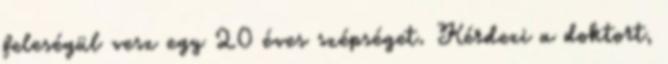
feleségül vesz egy 20 éves szépséget. Kérdezi a doktort,